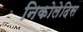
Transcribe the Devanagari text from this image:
निकोलेदिस